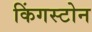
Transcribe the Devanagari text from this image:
किंगस्टोन